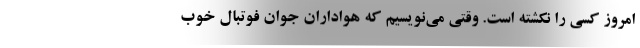
امروز کسی را نکشته است. وقتی می‌نویسیم که هواداران جوان فوتبال خوب